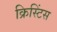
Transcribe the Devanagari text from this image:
क्रिस्टिंस